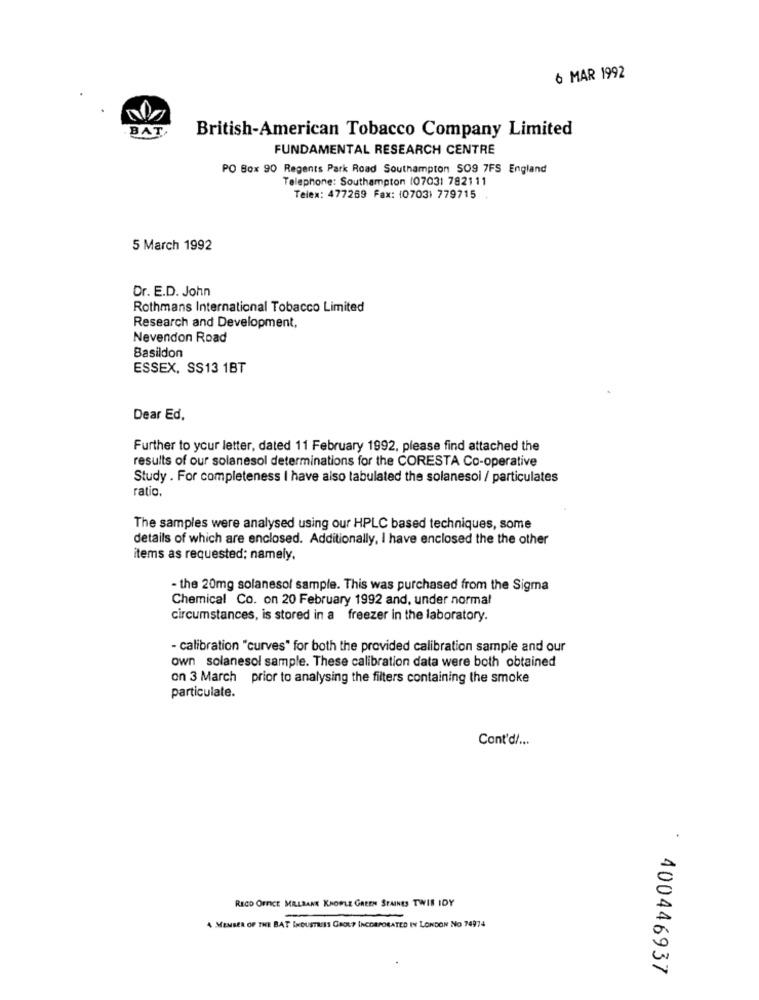
6 MAR 1992
BAT,
British-American Tobacco Company Limited
FUNDAMENTAL RESEARCH CENTRE
PO Box 90 Regents Park Road Southampton SO9 7FS England
Telephone: Southampton (07031 782111
Telex: 477269 Fax: (0703) 779715
5 March 1992
Dr. E.D. John
Rothmans International Tobacco Limited
Research and Development,
Nevendon Road
Basildon
ESSEX, SS13 1BT
Dear Ed.
Further to your letter, dated 11 February 1992, please find attached the
results of our solanesol determinations for the CORESTA Co-operative
Study . For completeness I have also tabulated the solanesol / particulates
ratio.
The samples were analysed using our HPLC based techniques, some
details of which are enclosed. Additionally, I have enclosed the the other
items as requested; namely.
- the 20mg solanesol sample. This was purchased from the Sigma
Chemical Co. on 20 February 1992 and, under normal
circumstances, is stored in a freezer in the laboratory.
- calibration "curves" for both the provided calibration sample and our
own solanesol sample. These calibration data were both obtained
on 3 March prior to analysing the filters containing the smoke
particulate.
Cont'd/ ...
.
RECO OFFICE MILLBANK KNOWLE GREEN STAINES TWIS IDY
A MEMBER OF THE BAT INDUSTRIES GROUP INCORPORATED IN LONDON NO 74974
400446937